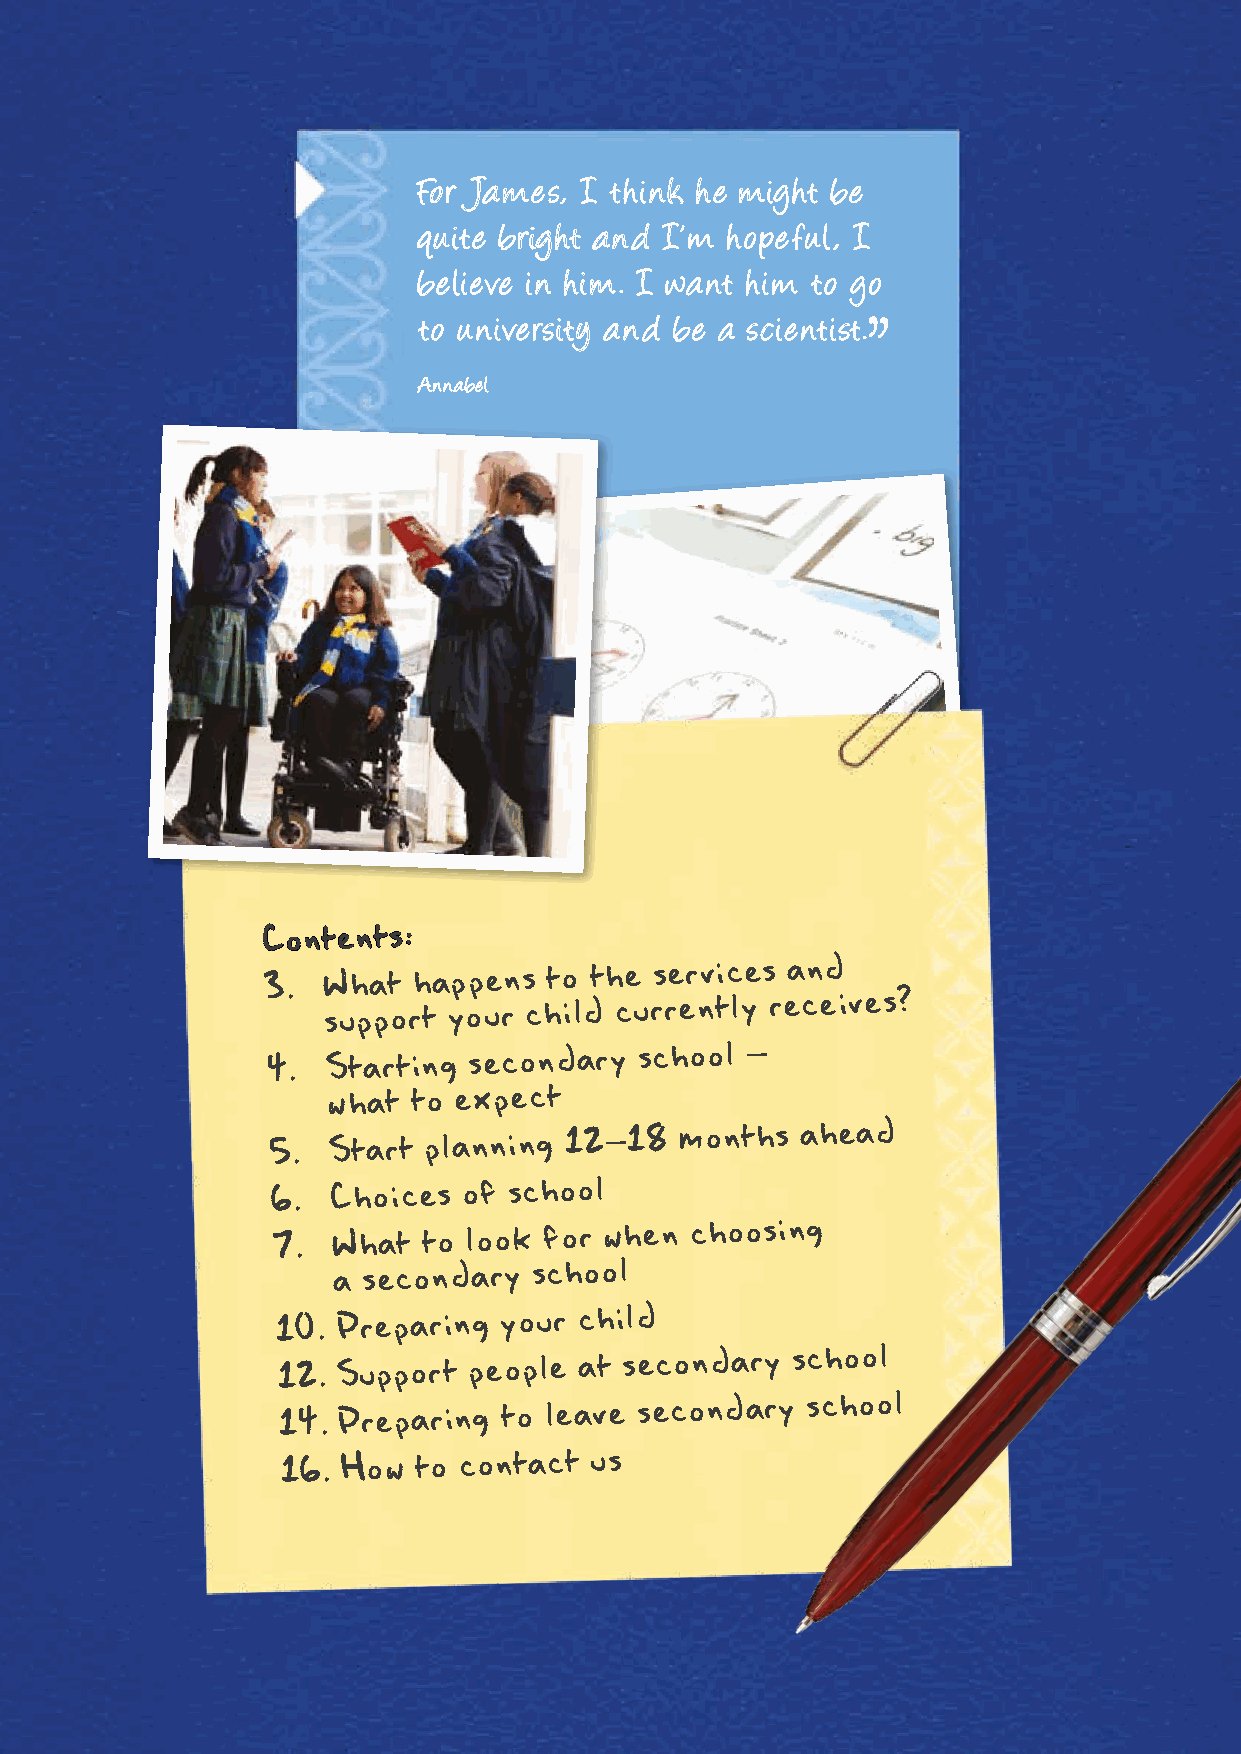
For James, I think he might be
 quite bright and I’m hopeful, I
 believe in him. I want him to go
 to university and be a scientist.
 Annabel
 Contents:
 3.  What  happens  to the services and
 support  your child currently receives?
 4.  Starting secondary  school –
 what to expect
 5.  Start planning 12–18   months  ahead
 6.  Choices  of school
 7.  What  to look for when  choosing
 a secondary  school
 10. Preparing  your child
 12. Support  people at secondary  school
 14. Preparing  to leave secondary  school
 16. How to contact  us